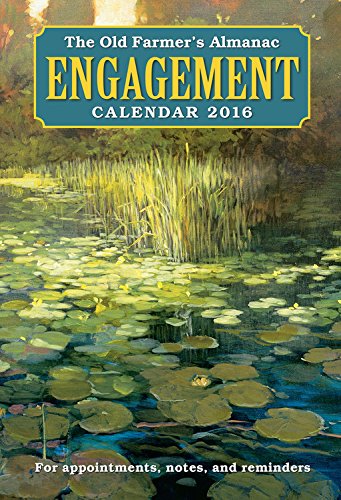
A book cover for The Old Farmer's Almanac 2016 Engagement Calendar; Old FarmerEEs Almanac; Reference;